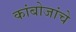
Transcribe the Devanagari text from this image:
कांबोजांचे